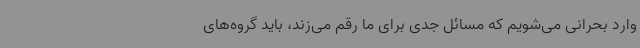
وارد بحرانی می‌شویم که مسائل جدی برای ما رقم می‌زند، باید گروه‌های